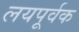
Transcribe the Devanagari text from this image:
लयपूर्वक